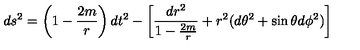
d s ^ { 2 } = \left( 1 - \frac { 2 m } { r } \right) d t ^ { 2 } - \left[ \frac { d r ^ { 2 } } { 1 - \frac { 2 m } { r } } + r ^ { 2 } ( d \theta ^ { 2 } + \sin { \theta } d \phi ^ { 2 } ) \right]